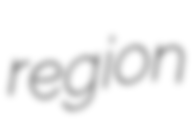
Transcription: region